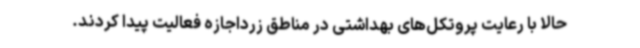
حالا با رعایت پروتکل‌های بهداشتی در مناطق زرداجازه فعالیت پیدا کردند.